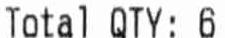
TOTAL QTY: 6